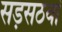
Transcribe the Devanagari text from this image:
सड़सठवां